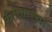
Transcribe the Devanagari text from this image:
कर्तव्याच्या